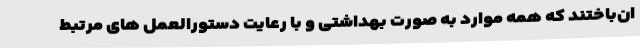
ان‌باختند که همه موارد به صورت بهداشتی و با رعایت دستورالعمل های مرتبط